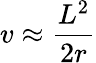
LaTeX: v\approx{\frac{L^{2}}{2r}}